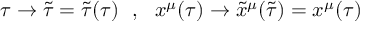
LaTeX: \tau \rightarrow \tilde { \tau } = \tilde { \tau } ( \tau ) \ \ , \ \ x ^ { \mu } ( \tau ) \rightarrow \tilde { x } ^ { \mu } ( \tilde { \tau } ) = x ^ { \mu } ( \tau )